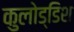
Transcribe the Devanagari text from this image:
कुलोड्डिश